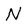
Character: N